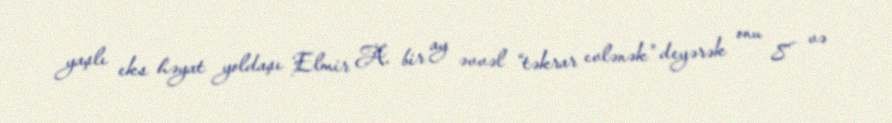
yaşlı eks həyat yoldaşı Elmir A. bir ay əvvəl “təkrar evlənək” deyərək onu 8 və